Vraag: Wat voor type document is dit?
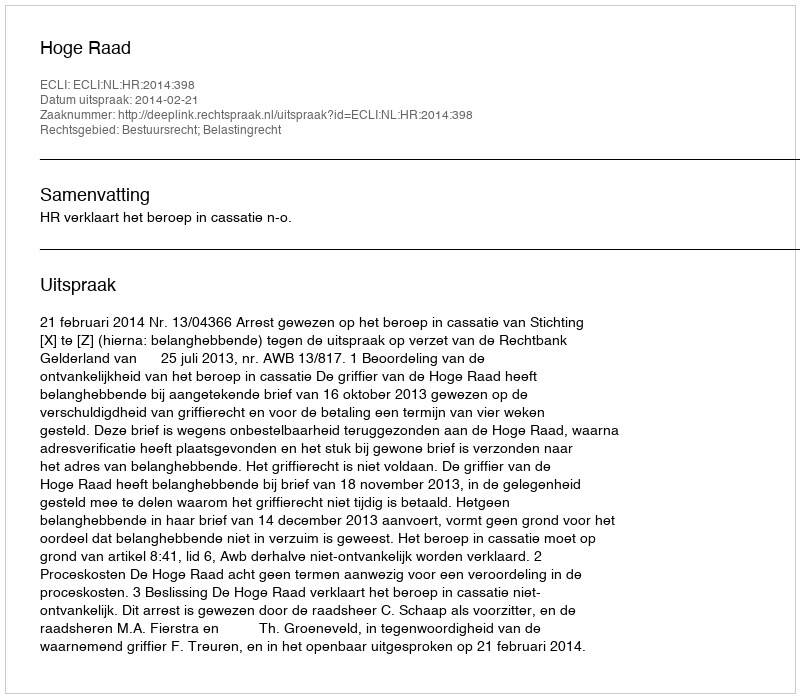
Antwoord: Uitspraak